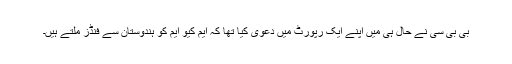
بی بی سی نے حال ہی میں اپنے ایک رپورٹ میں دعوی کیا تھا کہ ایم کیو ایم کو ہندوستان سے فنڈز ملتے ہیں۔